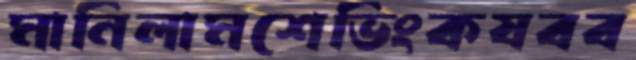
মানিলামশেভিংকষবব